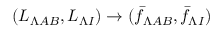
( L _ { \Lambda A B } , L _ { \Lambda I } ) \to ( \bar { f } _ { \Lambda A B } , \bar { f } _ { \Lambda I } )